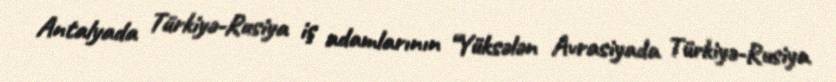
Antalyada Türkiyə-Rusiya iş adamlarının “Yüksələn Avrasiyada Türkiyə-Rusiya